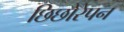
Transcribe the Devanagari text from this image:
छिछोरेपन